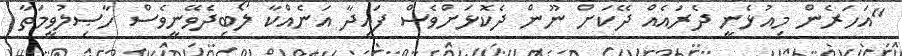
"އަހަރެން މިއުޅެނީ ދެރައެއް ދޭކަށް ނޫން ދެކޮޅަށްވެސް ފައިދާ އަނެއްކާ ލޯބިދެވޭނީވެސް ހާޞިލުވީމަތާ